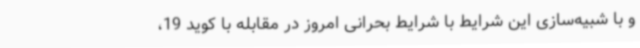
و با شبیه‌سازی این شرایط با شرایط بحرانی امروز در مقابله با کوید 19،